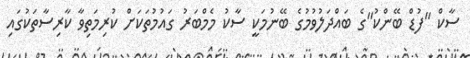
ސާކް "ފުޑް ބޭންކު"ގެ ބައްދަލުވުމުގެ ބޭނުމަކީ ސާކު މެމްބަރު ގައުމުތަކަށް ކުރިމަތިވާ ކާރިސާތަކުގައި